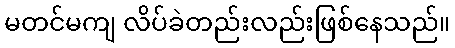
မတင်မကျ လိပ်ခဲတည်းလည်းဖြစ်နေသည်။